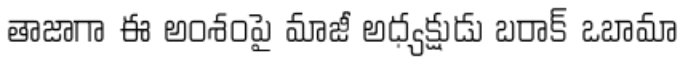
తాజాగా ఈ అంశంపై మాజీ అధ్యక్షుడు బరాక్ ఒబామా